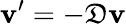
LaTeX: \mathbf{v}^{\prime}=-{\mathfrak{D}}\mathbf{v}